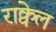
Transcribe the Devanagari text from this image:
राक्वेल